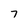
Character: 7